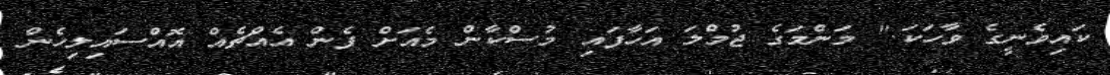
ކައިވެނީގެ ވާހަކަ." މަންމަގެ ޖުމްލަ އަހާފައި މުސްކާން މެއަށް ފެން އެއްޗެއް އޮއްސައިލިހެން